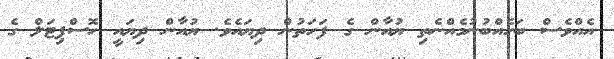
އެއްވެސް ބަހެއްބުނުމެއްނެތި ޔުއާން ގެ ފަހަތުން ދިޔައެވެ. ޔުއާން ދިޔައީ ހޮސްޕިޓަލް ގެ